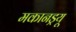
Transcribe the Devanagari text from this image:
मकानड्रयू